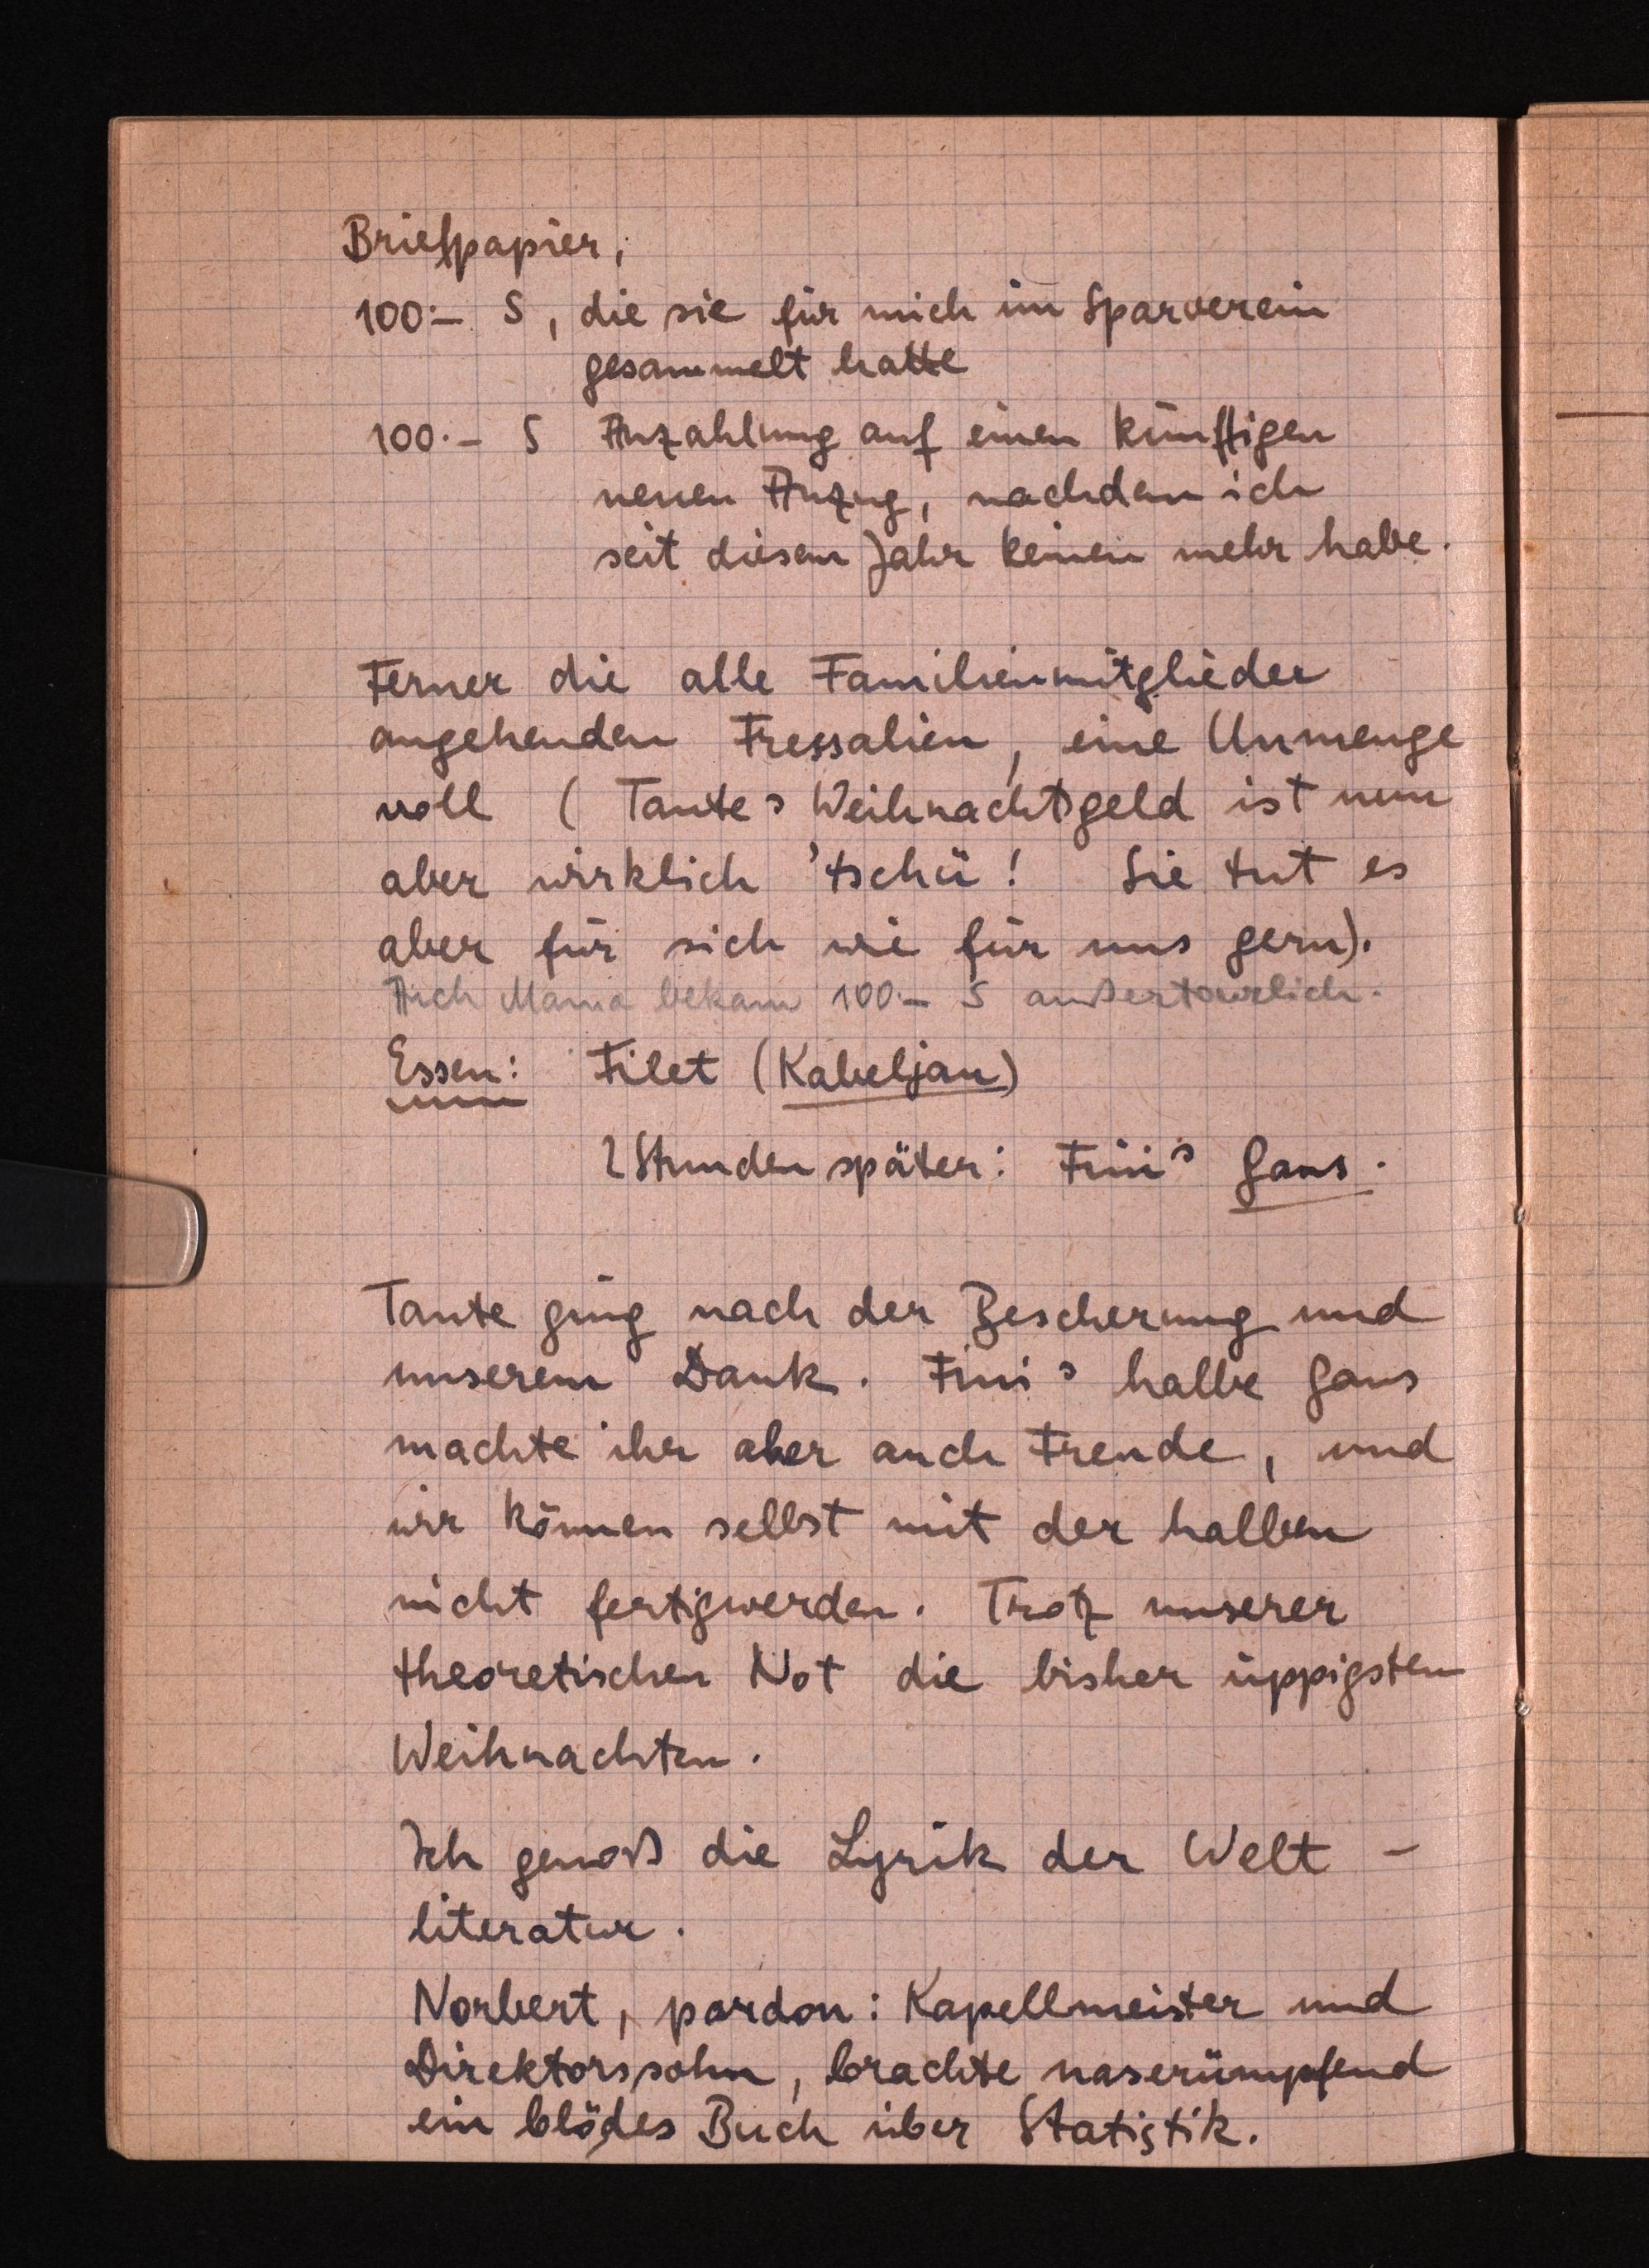
Briefpapier;
100- S, die sie für mich im Spärverei
gesammelt hatte
100.- 5 Anzahlung auf einen künftigen
neuen Anzug, nachden ich
seit diesem Jahr keinen mehr habe.
Ferner die alle Familienmitglieder
angeheuden Fressalien eine Unmenge
voll (Tantes Weihnachtsgeld ist nun
aber wirklich tscha! Sie tut es
aber für sich wie für uns gern).
AichtMarig bekam/ 100- 15 außexteflich.
Essen: Filet (Kabelzan)
2Stunden später: Frin" Gaus:
Tante ging nach der Bescherung und
unserem Danks. Funs halbe Gaus
machte ihr aber auch Freude, und
wir können selbst mit der halben
nicht fertigwerden. Trotz unserer
theoretischen Not die bisheruppigsten
Weihnachten.
Ich genoß die Lyrik der Welt -
literatur.
Norbert, pardon: Kapellmeister und
Direktorssohn brachte naserümpfend
ein blödes Buch über Statistik.